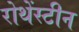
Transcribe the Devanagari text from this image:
रोथेंस्टीन